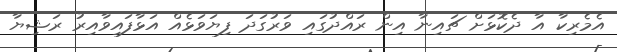
އެމެރިކާ އާ ދެކޮޅަށް ޗައިނާ އިން ރައްދުގައި ވަރުގަދަ ފިޔަވަޅެއް އަޅާފައިވާއިރު ރަޝިޔާ